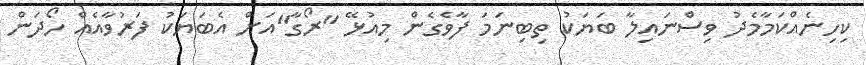
ކިހިނެއްކަމާމެދު ވިސްނައިލާ ބަޔަކު ތިބިނަމަ ފާވެގެން މިއުޅޭ "ރޯގާ"އަށް އެބަޔަކު ފަރުވާއެއް ހޯދަން